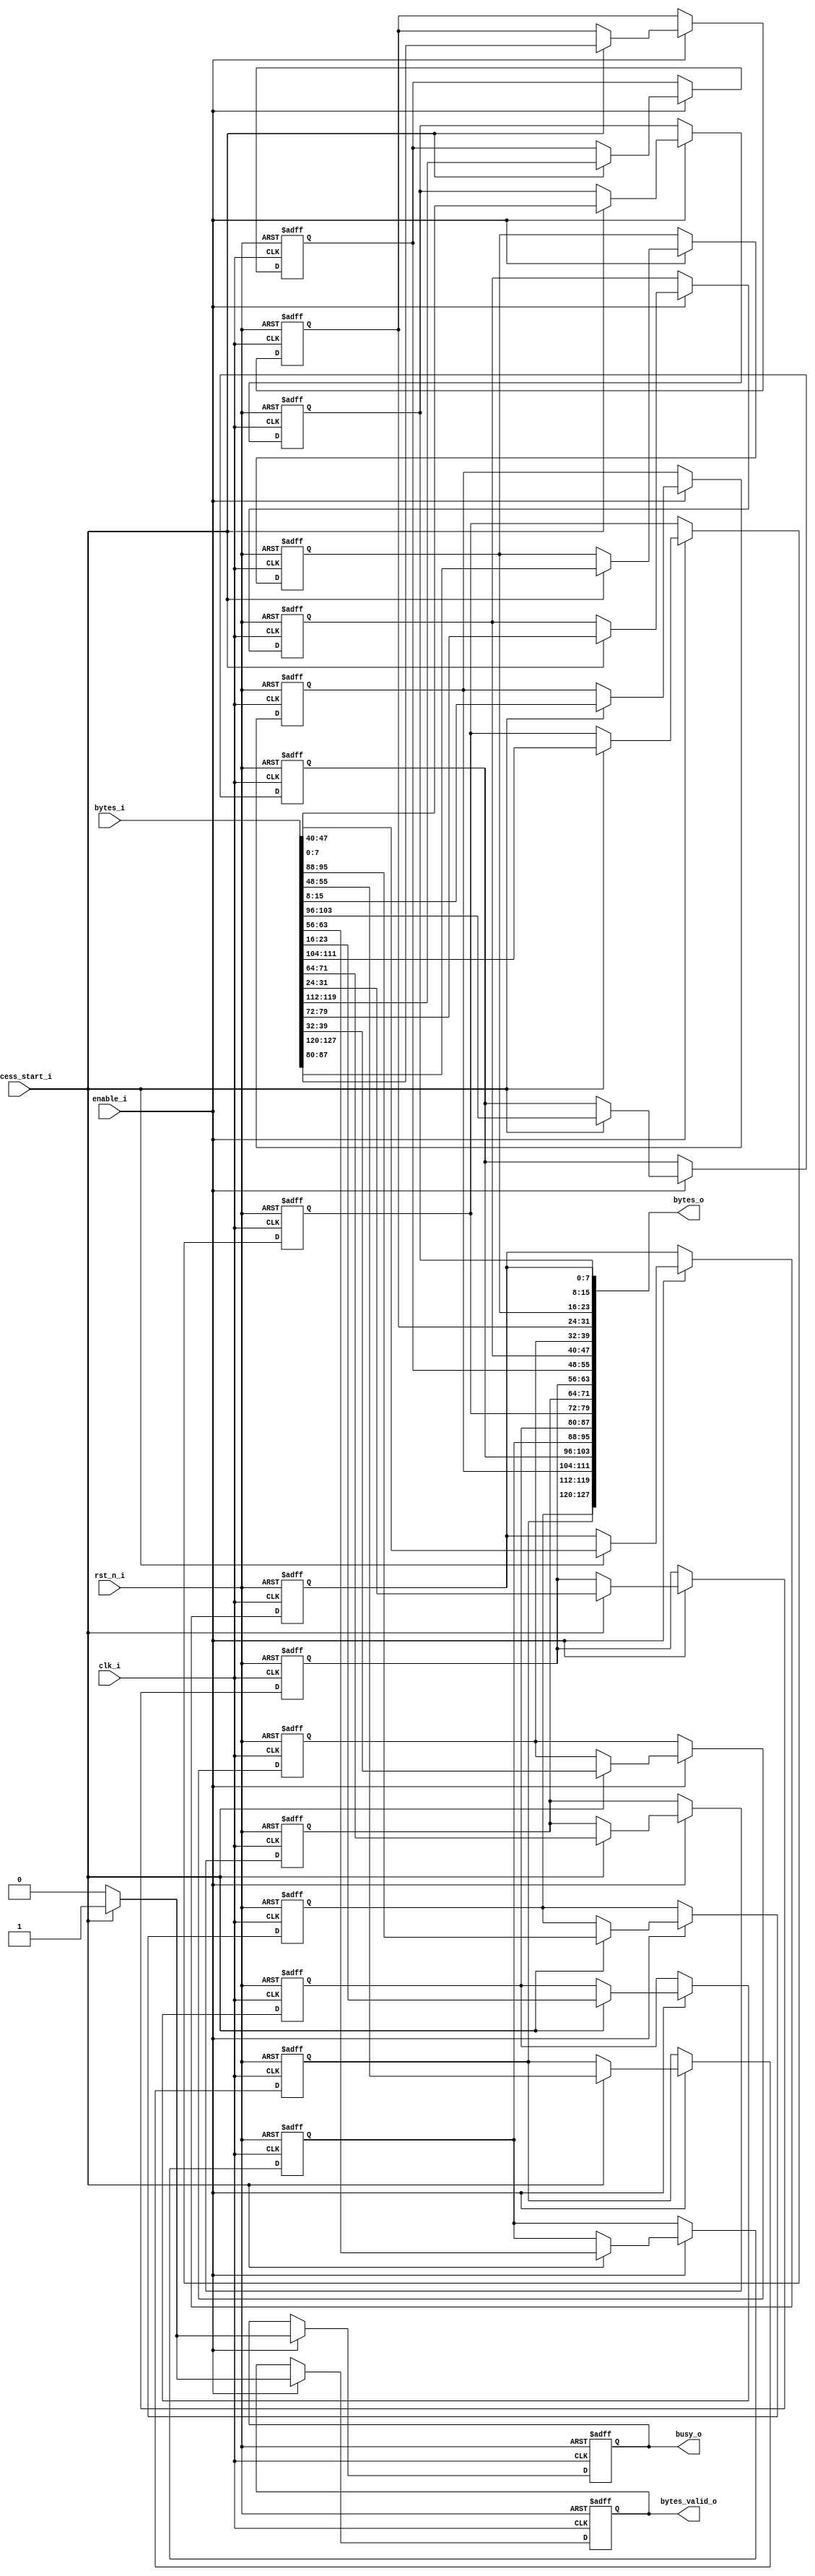
//********************************* DO NOT DELETE **************************************************
// Copyright (c) 2014 Intelligent Machineries International (Pvt) Ltd - (IMI) 
// All Rights Reserved.
//
// THIS FILE MAY NOT BE MODIFIED OR REDISTRIBUTED WITHOUT THE EXPRESSED WRITTEN CONSENT OF IMI.
// THIS COPYRIGHT STATEMENTS MUST NEVER BE REMOVED FROM THIS FILE.
//
// Machineries International (Pvt) Ltd.               web  : http://www.intelligentmachineries.com
// 252/4, Horana Rd., Miriswatta,                     email: info@intelligentmachineries.com
// Piliyandala, 10300, Sri Lanka
//  
//********************************* DO NOT DELETE **************************************************
// Date Last Modified: Oct 31 2014
//
// Target Device   : <target device if aplicable>     eg: Xilinx Spartan-6 LX45 
// Target Platform : <target platform if aplicable>   eg: Atlys Spartan-6 FPGA Development Board
// Target Tool     : <tool(s) used if aplicable>      eg: ISE 12.1 sp1
// Libraries used  : <library if any>                 eg: UNISIM 
// 
// Revision History: 
//  Revision   Date        Author               Description
//  --------   ----        ------               -----
//  0.1        2015/02/13  Anusha Manoj         First created 
// End Revision
//
//**************************************************************************************************
// Project/Product : AES Encryption
// Description     : Advanced Encryption System Hardware implementaton
//                     module- shiftRows
// Dependencies    : 
// References      : 
//
//**************************************************************************************************
   
`timescale 1ns / 1ps

module shiftRows(
   clk_i,
   rst_n_i,

   enable_i,
   process_start_i,
   busy_o,

   bytes_i,

   bytes_o,

   bytes_valid_o,

);

//----------------------------------------------------------------------------------------------------------------------
// Global constant and function headers
//----------------------------------------------------------------------------------------------------------------------


//----------------------------------------------------------------------------------------------------------------------
// parameter definitions
//----------------------------------------------------------------------------------------------------------------------

   parameter                           DATA_WIDTH          = 8;

//----------------------------------------------------------------------------------------------------------------------
// localparam definitions
//----------------------------------------------------------------------------------------------------------------------
 
   localparam                          INOUT_WIDTH         = DATA_WIDTH*16;
//----------------------------------------------------------------------------------------------------------------------
// I/O signals
//----------------------------------------------------------------------------------------------------------------------

   //System Control Signals
   input                               clk_i;
   input                               rst_n_i;
   
   //Module Control Signals
   input                               enable_i;
   input                               process_start_i;

   input      [INOUT_WIDTH-1:0]        bytes_i;

   output     [INOUT_WIDTH-1:0]        bytes_o;

   output reg                          busy_o;
   output reg                          bytes_valid_o;

   integer i;


//---------------------------------------------------------------------------------------------------------------------
// Internal wires and registers
//---------------------------------------------------------------------------------------------------------------------

   wire       [DATA_WIDTH-1:0]         w_byte_in [0:15];
   reg        [DATA_WIDTH-1:0]         r_byte_out [0:15];


//---------------------------------------------------------------------------------------------------------------------
// Implmentation
//---------------------------------------------------------------------------------------------------------------------


`ifdef INITIALIZATION
   initial begin
     for(i=0; i < 16; i = i+1) begin
         r_byte_out[i] = 8'd0;

     end
     bytes_valid_o  = 0;
     busy_o         = 0;

   end
`endif

   assign bytes_o = {r_byte_out[15],r_byte_out[14],r_byte_out[13],r_byte_out[12],
                     r_byte_out[11],r_byte_out[10],r_byte_out[9],r_byte_out[8],
                     r_byte_out[7],r_byte_out[6],r_byte_out[5],r_byte_out[4],
                     r_byte_out[3],r_byte_out[2],r_byte_out[1],r_byte_out[0]};

   assign {          w_byte_in[15],w_byte_in[14],w_byte_in[13],w_byte_in[12],
                     w_byte_in[11],w_byte_in[10],w_byte_in[9], w_byte_in[8],
                     w_byte_in[7], w_byte_in[6], w_byte_in[5], w_byte_in[4],
                     w_byte_in[3], w_byte_in[2], w_byte_in[1], w_byte_in[0]} = bytes_i;
  
   
 
   always @(posedge clk_i or negedge rst_n_i) begin 
      if(~rst_n_i) begin
         for(i=0; i < 16; i = i+1) begin
            r_byte_out[i]  = 8'd0;

         end
         bytes_valid_o     = 0;
         busy_o            = 0;
      end
      else if(enable_i) begin
         if(process_start_i) begin

            //first row
            for(i =0;i<4;i=i+1) begin
               r_byte_out[i*4] <=#1 w_byte_in[i*4];
            end

            // second row
            r_byte_out [1]   <=#1 w_byte_in[5];
            r_byte_out [5]   <=#1 w_byte_in[9];
            r_byte_out [9]   <=#1 w_byte_in[13];
            r_byte_out [13]  <=#1 w_byte_in[1];

            //third row
            r_byte_out [2]   <=#1 w_byte_in[10];
            r_byte_out [6]   <=#1 w_byte_in[14];
            r_byte_out [10]  <=#1 w_byte_in[2];
            r_byte_out [14]  <=#1 w_byte_in[6];

            //fourth row
            r_byte_out [3]   <=#1 w_byte_in[15];
            r_byte_out [7]   <=#1 w_byte_in[3];
            r_byte_out [11]  <=#1 w_byte_in[7];
            r_byte_out [15]  <=#1 w_byte_in[11];

            bytes_valid_o <=#1 1;
            busy_o        <=#1 1;
         end
         else begin
            bytes_valid_o <=#1 0;
            busy_o        <=#1 0;
         end
      end
    end
      
endmodule